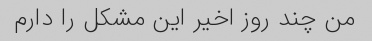
من چند روز اخیر این مشکل را دارم